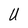
Character: U